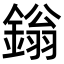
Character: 鎓